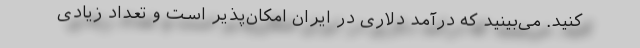
کنید. می‌بینید که درآمد دلاری در ایران امکان‌پذیر است و تعداد زیادی